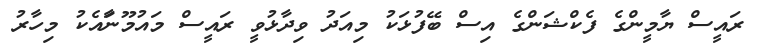
ރައީސް ޔާމީންގެ ފެކްޝަންގެ އިސް ބޭފުޅަކު މިއަދު ވިދާޅުވީ ރައީސް މައުމޫނާައެކު މިހާރު